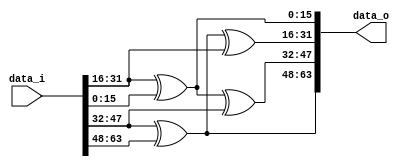
`timescale 1ns / 1ps
//////////////////////////////////////////////////////////////////////////////////
// Company: 
// Engineer: 
// 
// Design Name: 
// Module Name: XOR_Operation_decryption
// Project Name: 
// Target Devices: 
// Tool Versions: 
// Description: 
// 
// Dependencies: 
// 
// Revision:
// Revision 0.01 - File Created
// Additional Comments:
// 
//////////////////////////////////////////////////////////////////////////////////


module XOR_Operation_decryption(
                    input[63:0] data_i,
                    output[63:0] data_o
    );
    
        wire[15:0] p1,p2,p3,p4,
               p11,p22,p33,p44 ;
   
    assign p11 = data_i[15:0];
    assign p22 = data_i[31:16];
    assign p33 = data_i[47:32];
    assign p44 = data_i[63:48];
    
    assign p1 = (p22^p11);
    assign p2 = (p33^p44^p22);
    assign p3 = (p22^p11^p33);
    assign p4 = (p33^p44);
    
    assign data_o[15:0]     = p1; 
    assign data_o[31:16]    = p2;
    assign data_o[47:32]    = p3;
    assign data_o[63:48]    = p4;
    
    
    
endmodule